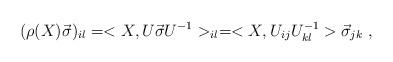
LaTeX: \begin{align*}(\rho (X) \vec{\sigma})_{il} = <X, U \vec{\sigma} U^{-1} >_{il} = <X, U_{ij}U_{kl}^{-1} > \vec{\sigma}_{jk}\;,\end{align*}